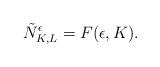
LaTeX: \begin{align*} \tilde{N}_{K,L}^\epsilon = F(\epsilon,K).\end{align*}